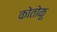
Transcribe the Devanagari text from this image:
कोतोकु